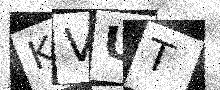
Text: KVUT